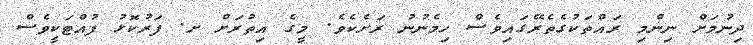
ދިނުމަށް ނިންމި ރައްތަކުގެތެރޭގައިވެސް ހިމެނުނު ރަށެކެވެ. މީގެ އިތުރަށް ށ. ފަރުކޮޅު ފުއްޓަކީވެސް